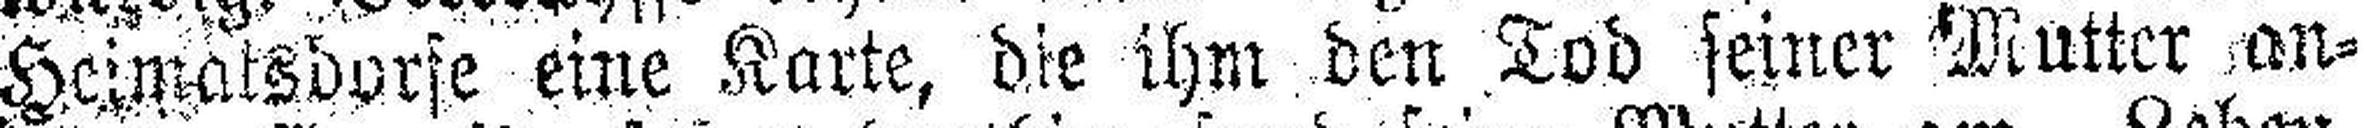
Heimatsdorfe eine Karte, die ihm den Tod seiner Mutter an¬